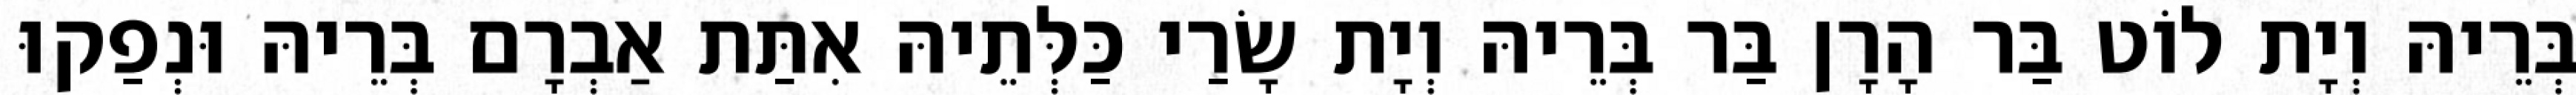
בְּרֵיהּ וְיָת לוֹט בַּר הָרָן בַּר בְּרֵיהּ וְיָת שָׂרַי כַּלְּתֵיהּ אִתַּת אַבְרָם בְּרֵיהּ וּנְפַקוּ